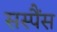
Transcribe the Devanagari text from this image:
सस्पैंस